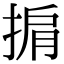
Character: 掮